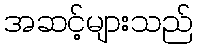
အဆင့်များသည်